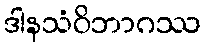
ဒါနသံဝိဘာဂဿ